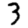
Digit: 3